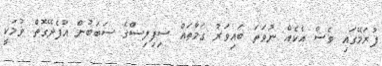
ފުރަމޭގައި ވެސް އެކެއް ނުވަތަ ބައިވަރު ގަމާތައް ސިފިލިސްގެ ސަބަބުން އުފެދޭގޮތް ވުމަކީ